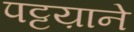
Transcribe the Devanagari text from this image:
पट्टय़ाने